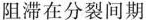
阻滞在分裂间期